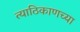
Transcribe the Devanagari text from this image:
त्याठिकाणच्या